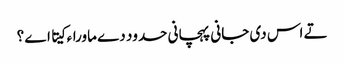
تے اس د‏ی جانی پہچانی حدود دے ماوراء کیتا اے ؟